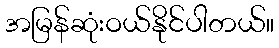
အမြန်ဆုံးဝယ်နိုင်ပါတယ်။